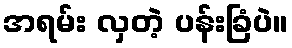
အရမ်း လှတဲ့ ပန်းခြံပဲ။